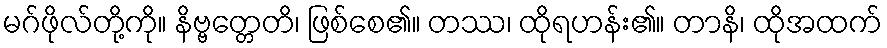
မဂ်ဖိုလ်တို့ကို။ နိဗ္ဗတ္တေတိ၊ ဖြစ်စေ၏။ တဿ၊ ထိုရဟန်း၏။ တာနိ၊ ထိုအထက်